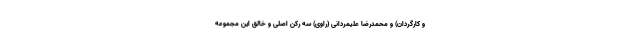
و کارگردان) و محمدرضا علیمردانی (راوی) سه رُکن اصلی و خالق این مجموعه